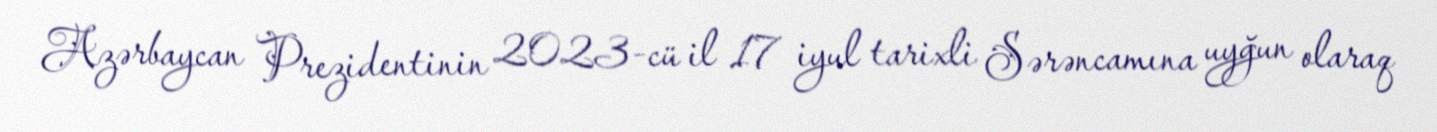
Azərbaycan Prezidentinin 2023-cü il 17 iyul tarixli Sərəncamına uyğun olaraq